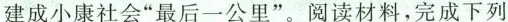
建成小康社会”最后一公里”。阅读材料，完成下列